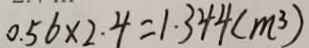
0 . 5 6 \times 2 . 4 = 1 . 3 4 4 ( m ^ { 3 } )